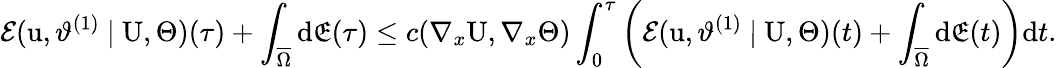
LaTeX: \mathcal{E}(\textbf{\textup{u}},\vartheta^{(1)}\ |\ \textbf{\textup{U}},\Theta)(\tau)+\int_{\overline{{\Omega}}}\textup{d}\mathfrak{E}(\tau)\leq c(\nabla_{x}\textbf{\textup{U}},\nabla_{x}\Theta)\int_{0}^{\tau}\left(\mathcal{E}(\textbf{\textup{u}},\vartheta^{(1)}\ |\ \textbf{\textup{U}},\Theta)(t)+\int_{\overline{{\Omega}}}\textup{d}\mathfrak{E}(t)\right)\textup{d}t.